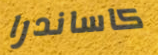
كاساندرا